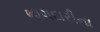
ભાગદારીના